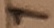
Text: 1